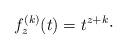
LaTeX: \begin{align*}f_z^{(k)}(t) = t^{z+k}\cdot\end{align*}